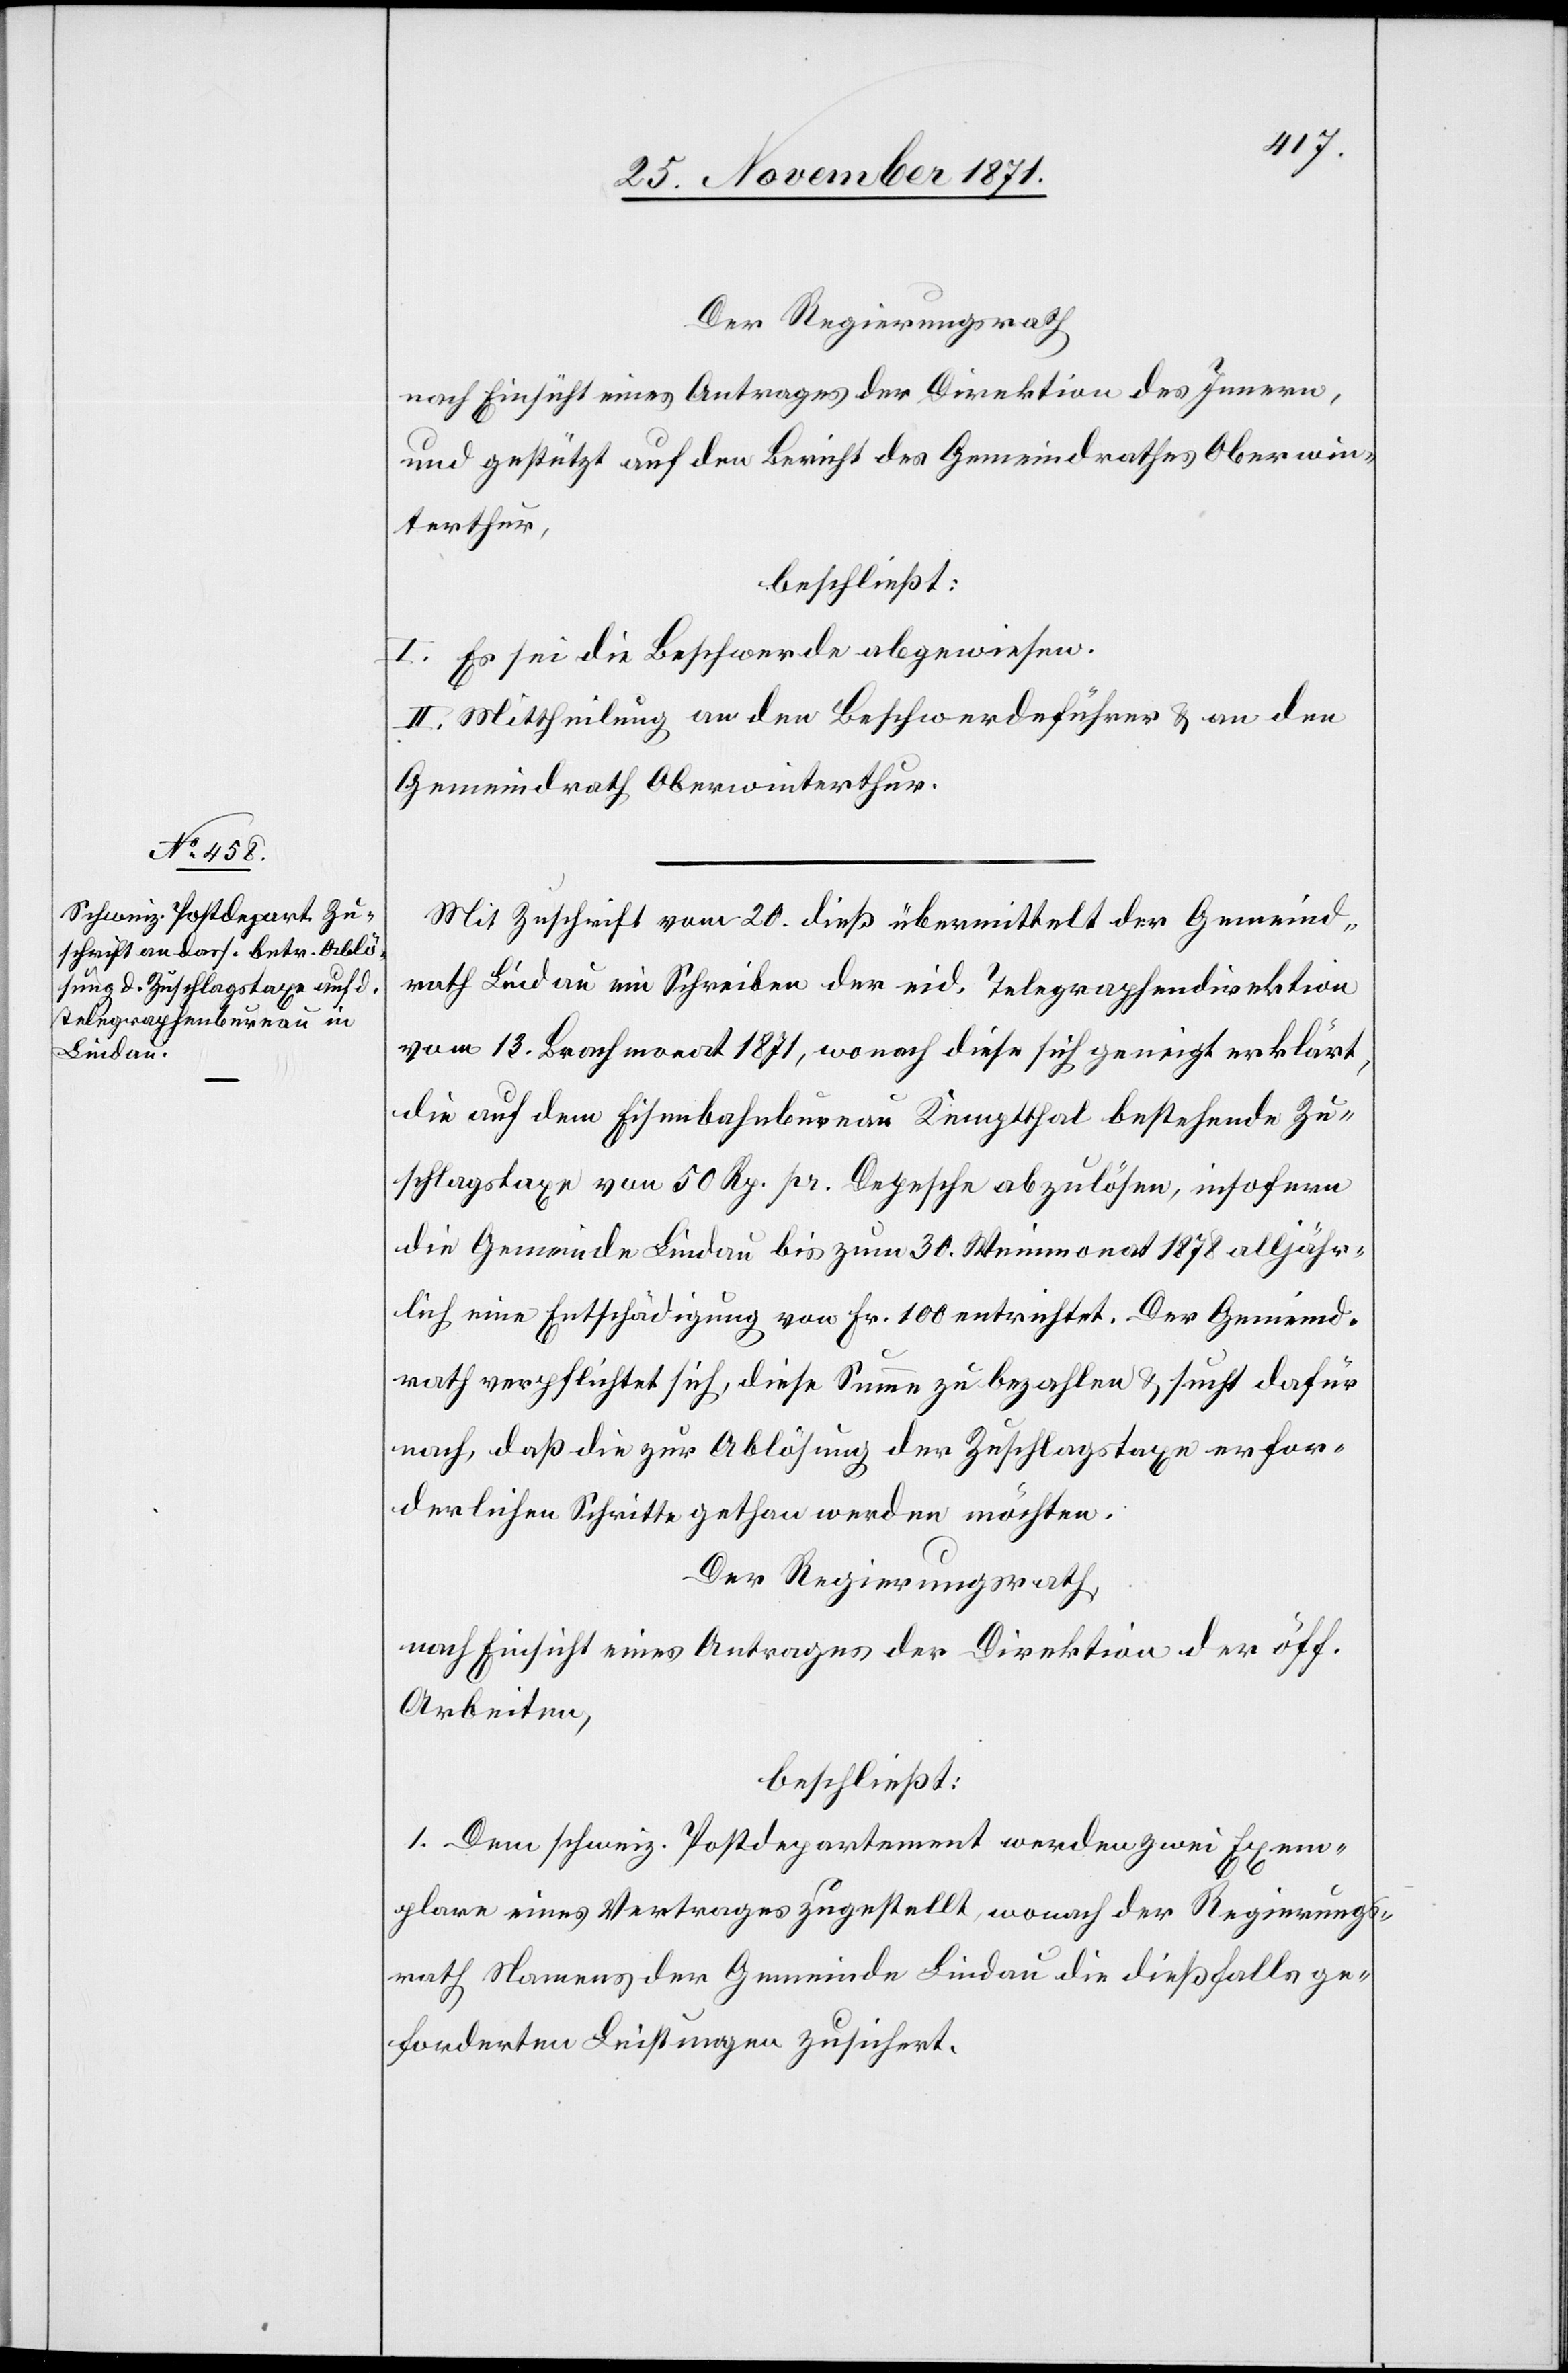
Der Regierungsrath
nach Einsicht eines Antrages der Direktion des Innern,
und gestützt auf den Bericht des Gemeindrathes Oberwin¬
terthur,
beschließt:
I. Es sei die Beschwerde abgewiesen.
II. Mittheilung an den Beschwerdeführer & an den
Gemeindrath Oberwinterthur.
Mit Zuschrift vom 20. dieß übermittelt der Gemeind¬
rath Lindau ein Schreiben der eid. Telegraphendirektion
vom 13. Brachmonat 1871, wonach diese sich geneigt erklärt,
die auf dem Eisenbahnbureau Kemptthal bestehende Zu¬
schlagstaxe von 50 Rp. pr. Depesche abzulösen, insofern
die Gemeinde Lindau bis zum 30. Weinmonat 1878 alljähr¬
lich eine Entschädigung von Fr. 100 entrichtet. Der Gemeind¬
rath verpflichtet sich, diese Summe zu bezahlen & sucht dafür
nach, daß die zur Ablösung der Zuschlagstaxe erfor¬
derlichen Schritte gethan werden möchten.
Der Regierungsrath,
nach Einsicht eines Antrages der Direktion der öff.
Arbeiten,
beschließt:
1. Dem schweiz. Postdepartement werden zwei Exem¬
plare eines Vertrages zugestellt, wonach der Regierungs¬
rath Namens der Gemeinde Lindau die dießfalls ge¬
forderten Leistungen zusichert.